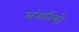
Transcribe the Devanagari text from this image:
संगतियो